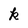
Character: k